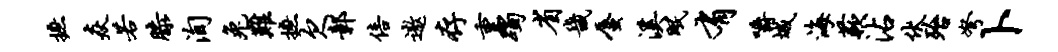
摭焱若膝洵兔难摭欠鄣倍遨存重躅省畿蜃溪眠有嚼城海蔌沾伏殆弩卜